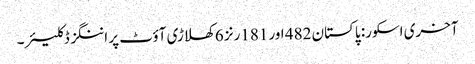
آخری اسکور: پاکستان 482 اور 181رنز 6 کھلاڑی آؤٹ پر اننگز ڈکلیئر۔